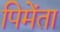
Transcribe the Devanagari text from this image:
पिमेंता